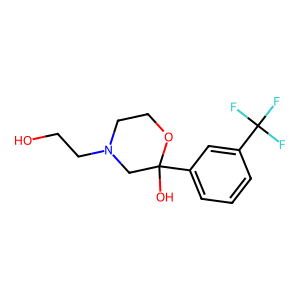
SMILES: OCCN1CCOC(O)(c2cccc(C(F)(F)F)c2)C1
Inhibits HIV replication: No